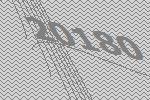
20180